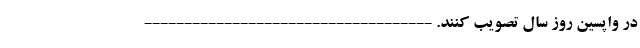
در واپسین روز سال تصویب کنند. ------------------------------------